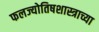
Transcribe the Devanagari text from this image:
फलज्योतिषशास्त्राच्या